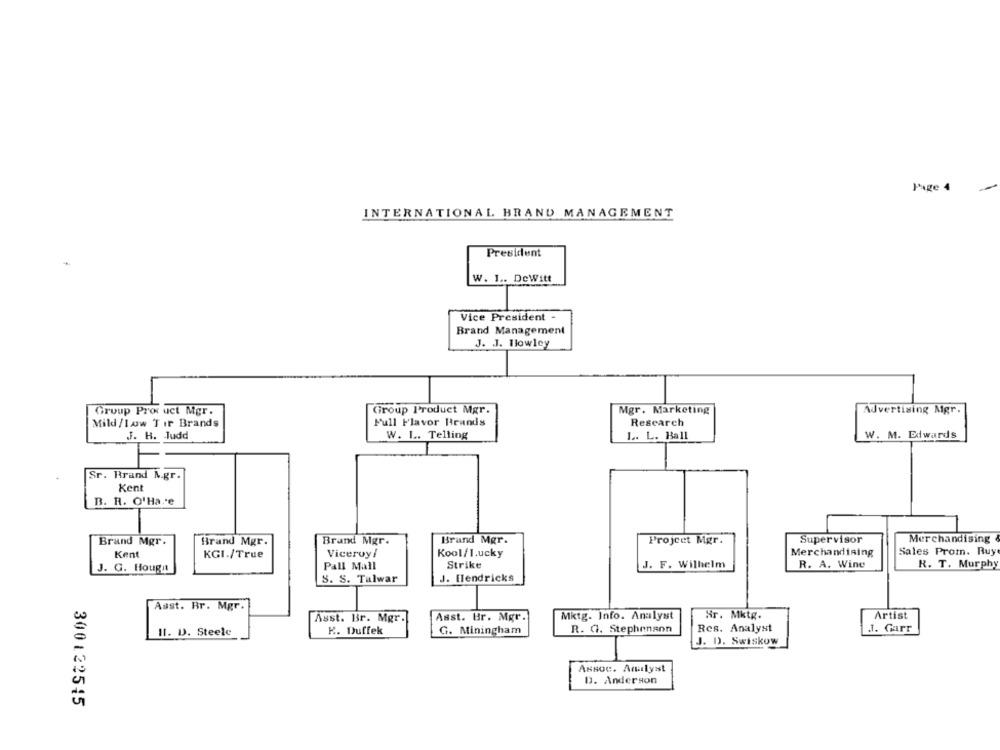
Page 4
INTERNATIONAL BRAND MANAGEMENT
President
W. 1 .. DeWitt
Vice President -
Brand Management
J. J. Ilowley
Group Pror uct Mgr.
Group Product Mgr.
Mgr. Marketing
Advertising Mgr.
Research
Mild /1ww Tir Brands
Full Flavor Brands
J. H. Judd
W. L. Telling
L. L. Ball
W. M. Edwards
Sr. Brand M.gr.
Kent
B. R. O'Ha. e
Brand Mgr.
Brand Mgr.
Brand Mgr.
Projeet Mgr.
Supervisor
Merchandising
Brand Mgr.
Kent
KGI./True
Viceroy/
Kool/1.ucky
Merchandising
Sales Prom. Buy
J. G. Hough
Pall Mall
Strike
J. F. Wilhelm
R. A. Wine
R. T. Murphy
S. S. Talwar
J. Hendricks
Asst. Br. Mgr.
Mktg. Info. Analyst
Hr. Mktg.
Artist
Asst. Br. Mgr.
Asst. Br. Mgr.
K. Duffek
G. Miningham
R. G. Stephenann
Res. Analyst
J. Garr
Il. D. Steele
J. D. Swiskow
Assoc. Analyst
D. Anderson
300122515